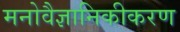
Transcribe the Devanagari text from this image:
मनोवैज्ञानिकीकरण